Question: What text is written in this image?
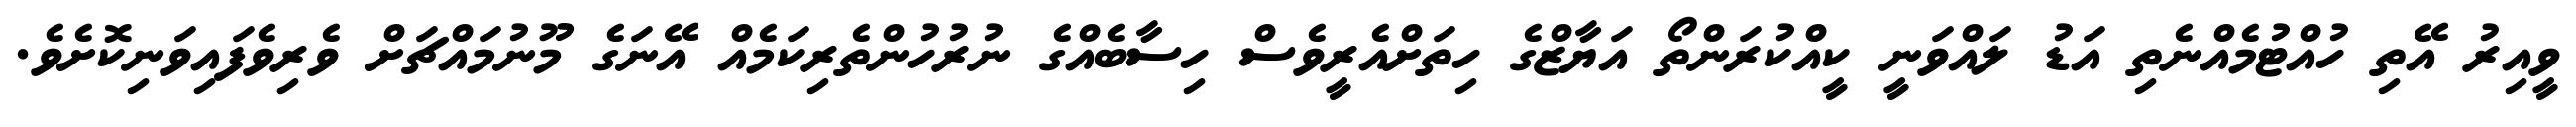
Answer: ވީއިރު އޭތި ހުއްޓުމެއްނެތި އަޑު ލައްވަނީ ކީއްކުރަންތޯ އަޔާޒްގެ ހިތަށްއެރީވެސް ހިސާބެއްގެ ނުރުހުންތެރިކަމެއް އޭނަގެ މޫނުމައްޗަށް ވެރިވެފައިވަނިކޮށެވެ.